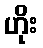
ဟိုး